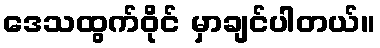
ဒေသထွက်ဝိုင် မှာချင်ပါတယ်။